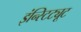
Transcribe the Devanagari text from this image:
इंन्स्टिट्यूट